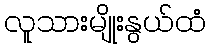
လူသားမျိုးနွယ်ထံ